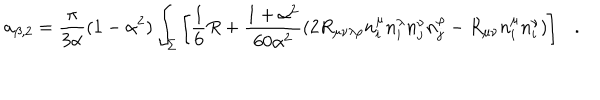
LaTeX: a _ { \beta , 2 } = { \frac { \pi } { 3 \alpha } } ( 1 - \alpha ^ { 2 } ) \int _ { \Sigma } \left[ \frac 1 6 R + { \frac { 1 + \alpha ^ { 2 } } { 6 0 \alpha ^ { 2 } } } ( 2 R _ { \mu \nu \lambda \rho } n _ { i } ^ { \mu } n _ { i } ^ { \lambda } n _ { j } ^ { \nu } n _ { j } ^ { \rho } - R _ { \mu \nu } n _ { i } ^ { \mu } n _ { i } ^ { \nu } ) \right] .